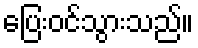
ပြေးဝင်သွားသည်။